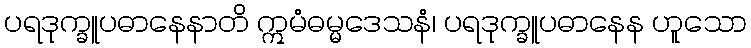
ပရဒုက္ခူပဓာနေနာတိ ဣမံဓမ္မဒေသနံ၊ ပရဒုက္ခူပဓာနေန ဟူသော